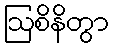
ဩစိနိတွာ